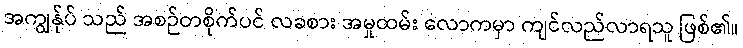
အကျွန်ုပ် သည် အစဉ်တစိုက်ပင် လခစား အမှုထမ်း လောကမှာ ကျင်လည်လာရသူ ဖြစ်၏။